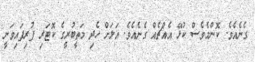
ގެނެއެވެ. ކޮންމެވެސް ކުޅޭ އެއްޗެއް ގެނެއެވެ. އަލަށް ހެދި މަތީބުރީގެ ކޮޓަރި ފުރިފައިވަނީ